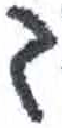
אות: ך